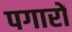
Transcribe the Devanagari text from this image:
पगारों